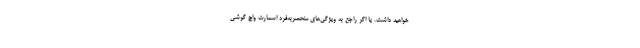
خواهید داشت. یا اگر راجع به ویژگی‌های منحصربه‌فرد اسمارت واچ گوشی